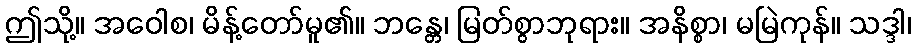
ဤသို့။ အဝေါစ၊ မိန့်တော်မူ၏။ ဘန္တေ၊ မြတ်စွာဘုရား။ အနိစ္စာ၊ မမြဲကုန်။ သဒ္ဒါ၊